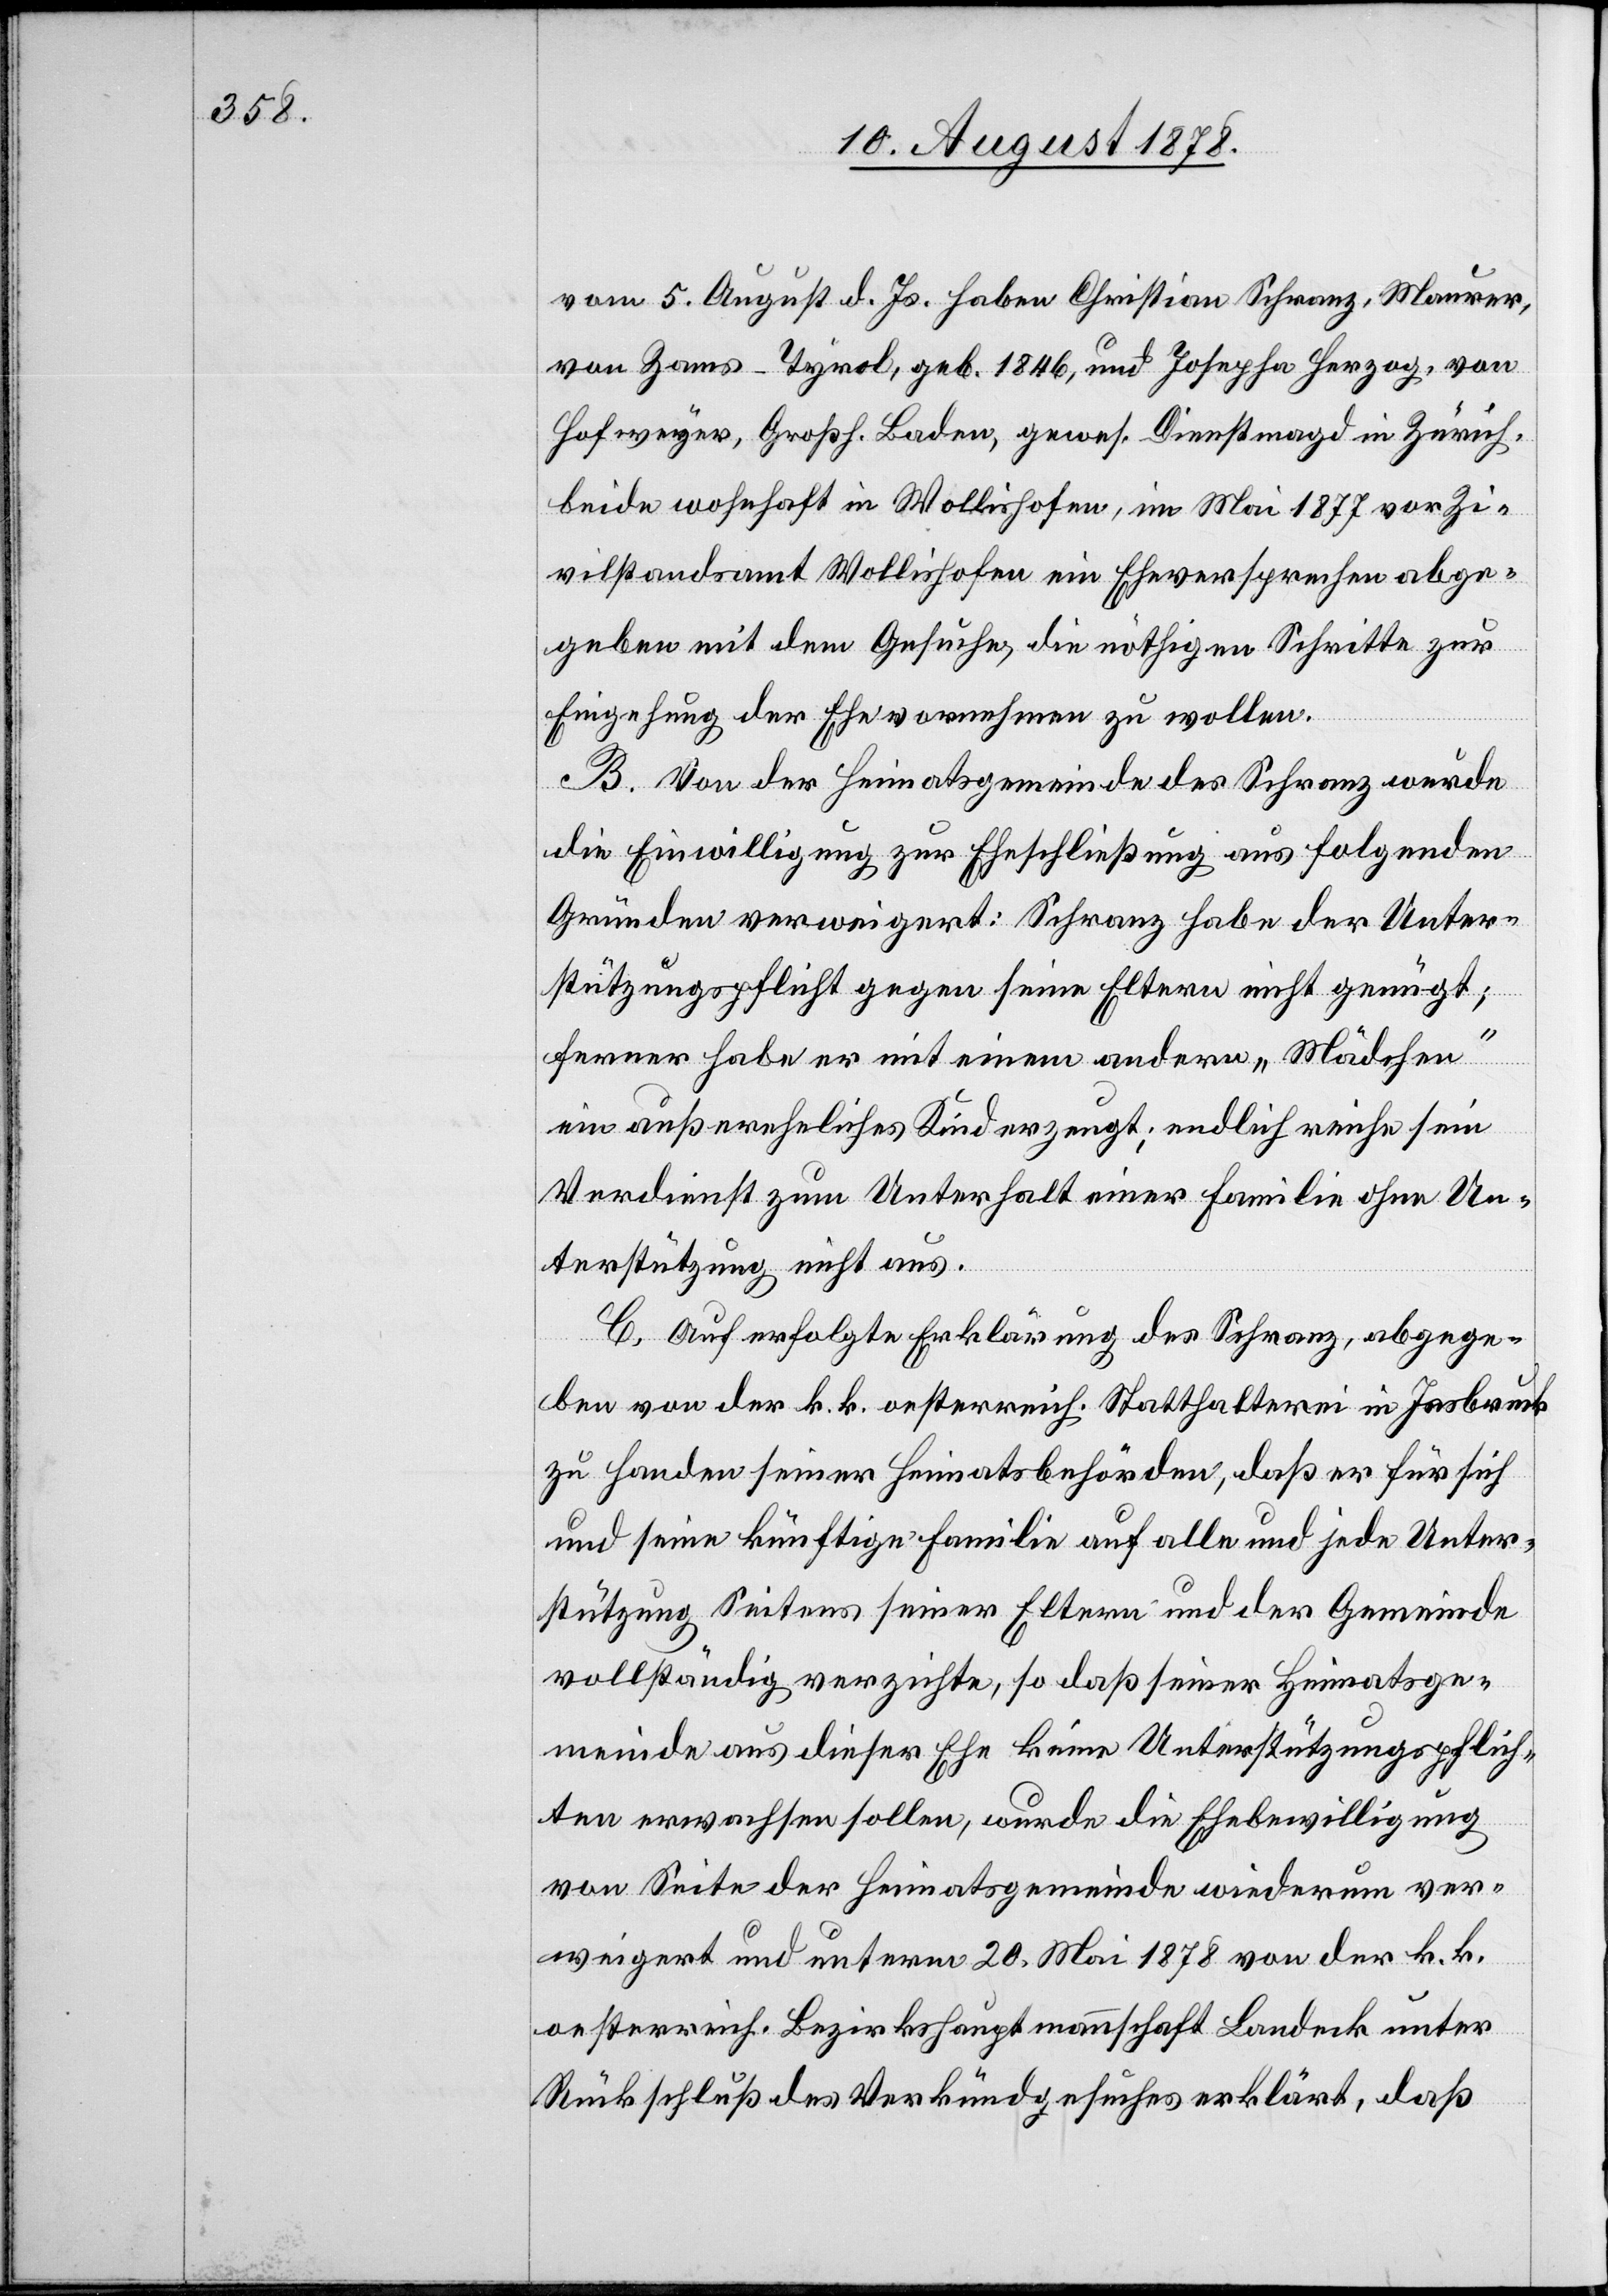
vom 5. August d. Js. haben Christian Schranz, Maurer,
von Zams - Tyrol, geb. 1846, und Josepha Herzog, von
Hofweyer, Großh. Baden, gewes. Dienstmagd in Zürich,
beide wohnhaft in Wollishofen, im Mai 1877 vor Zi¬
vilstandsamt Wollishofen ein Eheversprechen abge¬
geben mit dem Gesuche, die nöthigen Schritte zur
Eingehung der Ehe vornehmen zu wollen.
B. Von der Heimatsgemeinde des Schranz wurde
die Einwilligung zur Eheschließung aus folgenden
Gründen verweigert: Schranz habe der Unter¬
stützungspflicht gegen seine Eltern nicht genügt;
ferner habe er mit einem andern „Mädchen“
ein außereheliches Kind erzeugt; endlich reiche sein
Verdienst zum Unterhalt einer Familie ohne Un¬
terstützung nicht aus.
C. Auf erfolgte Erklärung des Schranz, abgege¬
ben von der k. k. oesterreich. Statthalterei in Insbruck
zu Handen seiner Heimatsbehörden, daß er für sich
und seine künftige Familie auf alle und jede Unter¬
stützung Seitens seiner Eltern und der Gemeinde
vollständig verzichte, so daß seiner Heimatsge¬
meinde aus dieser Ehe keine Unterstützungspflich¬
ten erwachsen sollen, wurde die Ehebewilligung
von Seite der Heimatsgemeinde wiederum ver¬
weigert und unterm 20. Mai 1878 von der k. k.
oesterreich. Bezirkshauptmannschaft Landeck unter
Rückschluß des Verkündgesuches erklärt, daß